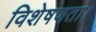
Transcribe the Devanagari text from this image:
विशेषणता।